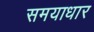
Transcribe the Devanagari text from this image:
समयाधार